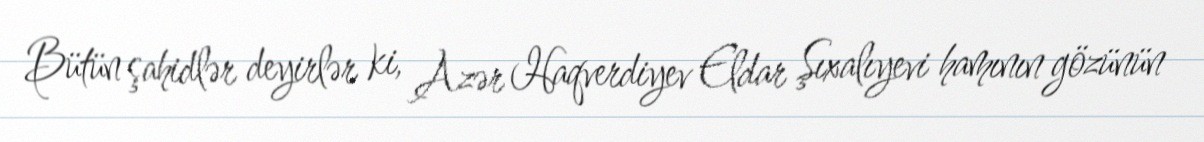
Bütün şahidlər deyirlər ki, Azər Haqverdiyev Eldar Şıxalıyevi hamının gözünün